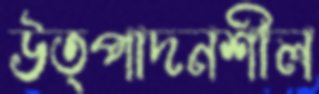
উত্পাদনশীল